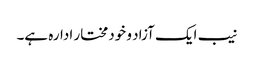
نیب ایک آزاد و خودمختار ادارہ ہے۔